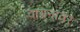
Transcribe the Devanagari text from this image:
चायनावर